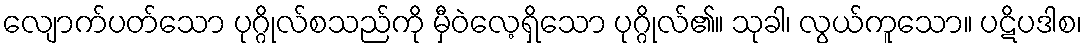
လျောက်ပတ်သော ပုဂ္ဂိုလ်စသည်ကို မှီဝဲလေ့ရှိသော ပုဂ္ဂိုလ်၏။ သုခါ၊ လွယ်ကူသော။ ပဋိပဒါစ၊